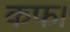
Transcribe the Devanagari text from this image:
कफ।